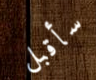
سأقبل